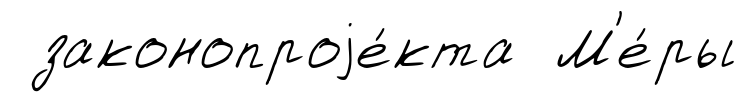
законопроjе́кта М'е́ры